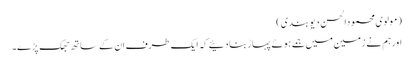
(مولوی محمودالحسن دیوبندی)
اورہم نے زمین میں جمے ہوئے پہاڑبنادئیے کہ ایک طرف ان کے ساتھ جھک پڑے۔